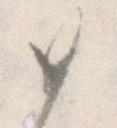
如